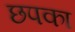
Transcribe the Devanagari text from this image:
छपका